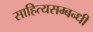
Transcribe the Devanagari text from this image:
साहित्यसम्बन्धी